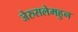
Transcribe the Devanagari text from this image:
जेरुसलेमहुन